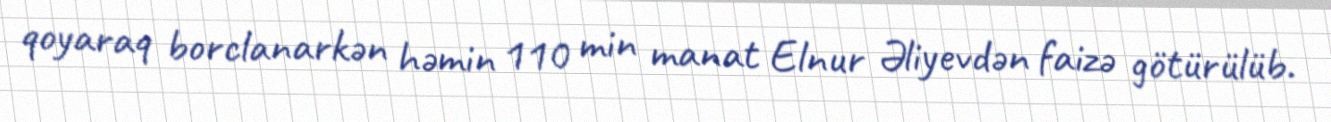
qoyaraq borclanarkən həmin 110 min manat Elnur Əliyevdən faizə götürülüb.